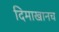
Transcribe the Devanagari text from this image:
दिमाखानच